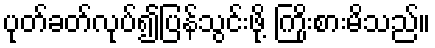
ပုတ်ခတ်လုပ်၍ပြန်သွင်းဖို့ ကြိုးစားမိသည်။